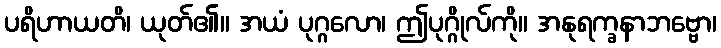
ပရိဟာယတိ၊ ယုတ်၏။ အယံ ပုဂ္ဂလော၊ ဤပုဂ္ဂိုလ်ကို။ အနုရက္ခနာဘဗ္ဗော၊